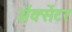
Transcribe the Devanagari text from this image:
ॲक्सेंटर